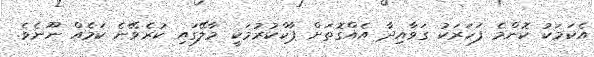
އެކަމަކު ކޮންމެ ފަހަރަކު ގަވާއިދާ އެއްގޮތަށް ޕާކްކުރުމަކީ މާލޭގައި ކުރެވޭނެ ކަމެއް ނޫނެވެ.